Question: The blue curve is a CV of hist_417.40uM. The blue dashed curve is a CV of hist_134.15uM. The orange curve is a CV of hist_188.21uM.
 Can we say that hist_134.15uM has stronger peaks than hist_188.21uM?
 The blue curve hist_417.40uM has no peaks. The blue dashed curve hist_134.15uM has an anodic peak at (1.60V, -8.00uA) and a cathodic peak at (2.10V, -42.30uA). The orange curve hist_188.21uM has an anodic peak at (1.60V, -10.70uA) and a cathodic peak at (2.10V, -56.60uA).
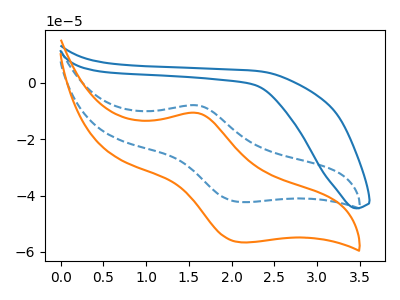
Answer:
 <answer>The peaks in "hist_134.15uM" are neither all higher or all lower than the peaks in "hist_188.21uM".</answer>
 <eval>mixed</eval>